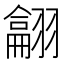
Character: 𦒈